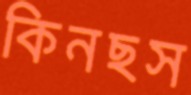
কিনছস